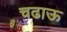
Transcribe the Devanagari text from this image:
चढाऊ